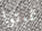
تموتوا